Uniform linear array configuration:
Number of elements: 12
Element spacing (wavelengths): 1
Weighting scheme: hann
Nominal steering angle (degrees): -45
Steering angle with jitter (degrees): -44.774
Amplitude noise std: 0.05
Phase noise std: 0.05

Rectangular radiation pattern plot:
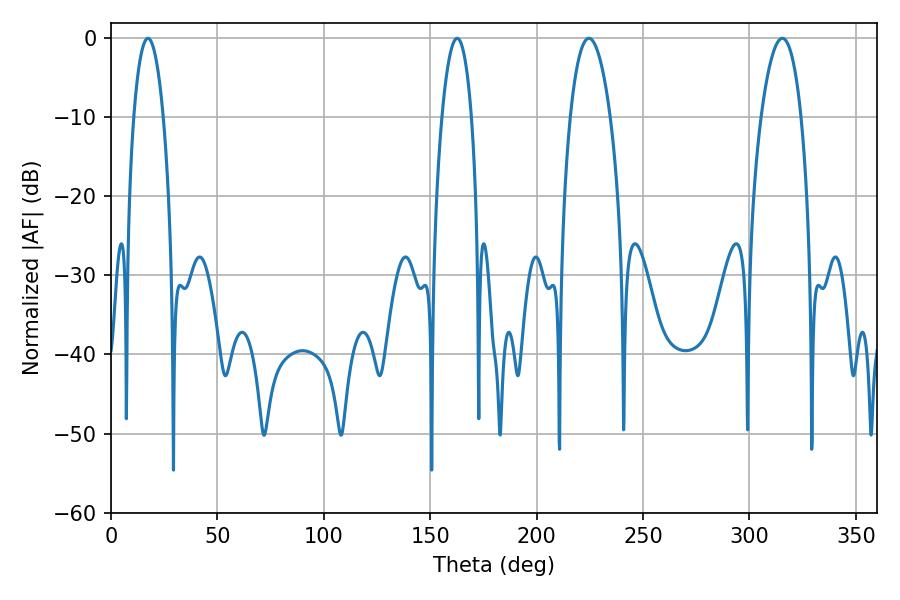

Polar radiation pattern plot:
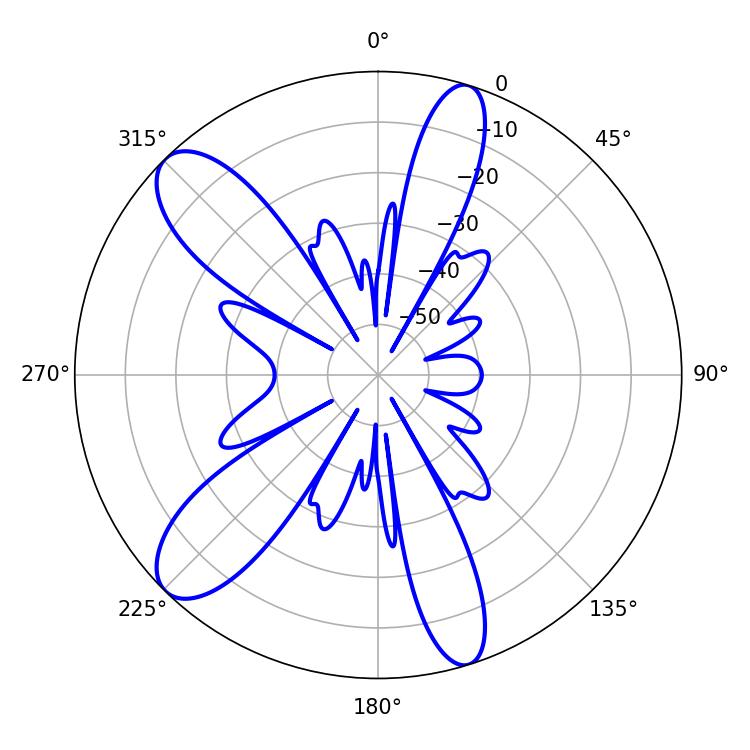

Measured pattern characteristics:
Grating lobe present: TRUE
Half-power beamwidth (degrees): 10.44
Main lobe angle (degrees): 224.64